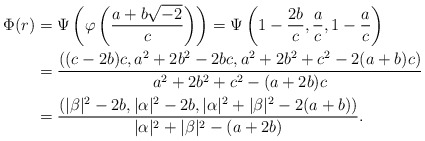
\begin{align*}\Phi(r) &= \Psi\left( \varphi \left( \frac{a + b\sqrt{-2}}c\right)\right)=\Psi\left(1 - \frac{2b}c, \frac ac, 1 - \frac ac\right) \\&=\frac{((c - 2b)c, a^2 + 2b^2 - 2bc, a^2 + 2b^2 + c^2 - 2(a+b)c)}{a^2 + 2b^2 + c^2 - (a + 2b)c} \\&=\frac{(|\beta|^2 - 2b, |\alpha|^2 - 2b, |\alpha|^2 + |\beta|^2 - 2(a+b))}{|\alpha|^2 + |\beta|^2 - (a + 2b)}.\end{align*}